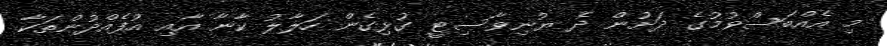
މި އެއްބަސްވުމުގެ ދަށުން ދެ ޔުނިވާސިޓީ ގުޅިގެން ހަލާލު ކާނާ އާއި އުފެއްދުންތަކާ